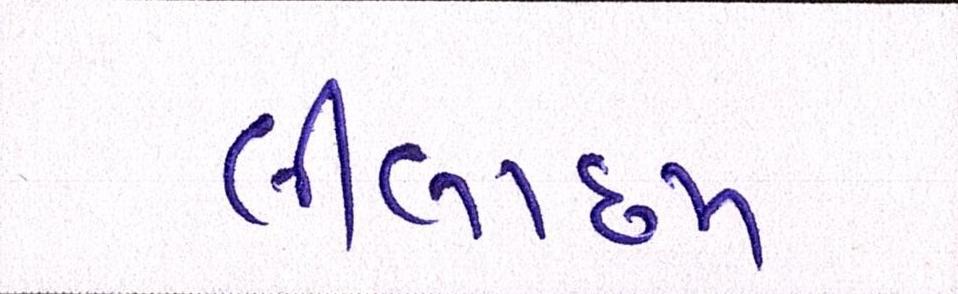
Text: લીલાછમ